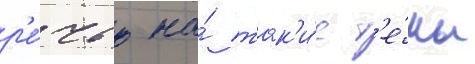
р'е́чью на́ так'и́е т'е́мы